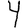
Digit: 4